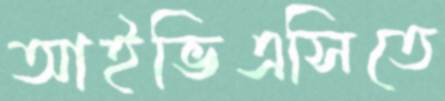
আইভিএসিতে